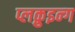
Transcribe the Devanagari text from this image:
प्लक़ुइन्ग